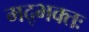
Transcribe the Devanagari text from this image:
मद्भक्तः